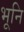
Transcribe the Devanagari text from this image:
भूनि